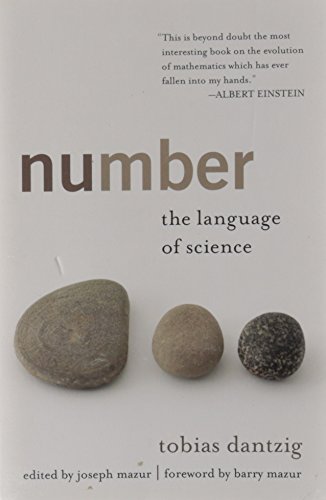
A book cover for Number: The Language of Science; Tobias Dantzig; Science & Math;